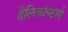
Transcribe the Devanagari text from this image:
हैलिकॉप्टर्स